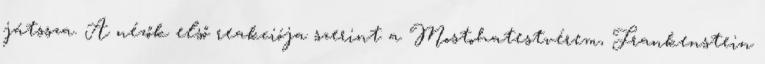
játssza. A nézők első reakciója szerint a Mostohatestvérem, Frankenstein